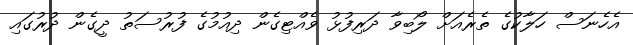
އެހެނަސް ހަލާކުގެ ތެރެއަށް ލޯބިވާ ދަރިފުޅު ވެއްޓިގެން ދިއުމުގެ ފުރުސަތު ދީގެން ދުރުގައި